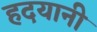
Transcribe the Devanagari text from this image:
हदयानी